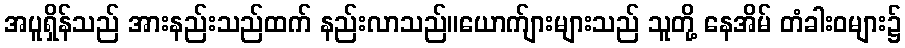
အပူရှိန်သည် အားနည်းသည်ထက် နည်းလာသည်။ယောက်ျားများသည် သူတို့ နေအိမ် တံခါးဝများ၌